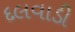
દલવાડી